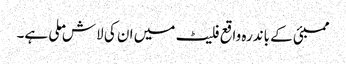
ممبئی کے باندرہ واقع فلیٹ میں ان کی لاش ملی ہے۔